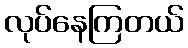
လုပ်နေကြတယ်